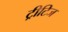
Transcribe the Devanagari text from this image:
ट्रीटिज